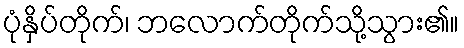
ပုံနှိပ်တိုက်၊ ဘလောက်တိုက်သို့သွား၏။